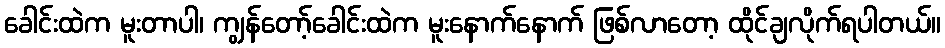
ခေါင်းထဲက မူးတာပါ၊ ကျွန်တော့်ခေါင်းထဲက မူးနောက်နောက် ဖြစ်လာတော့ ထိုင်ချလိုက်ရပါတယ်။